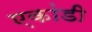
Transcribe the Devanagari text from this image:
एकांडी